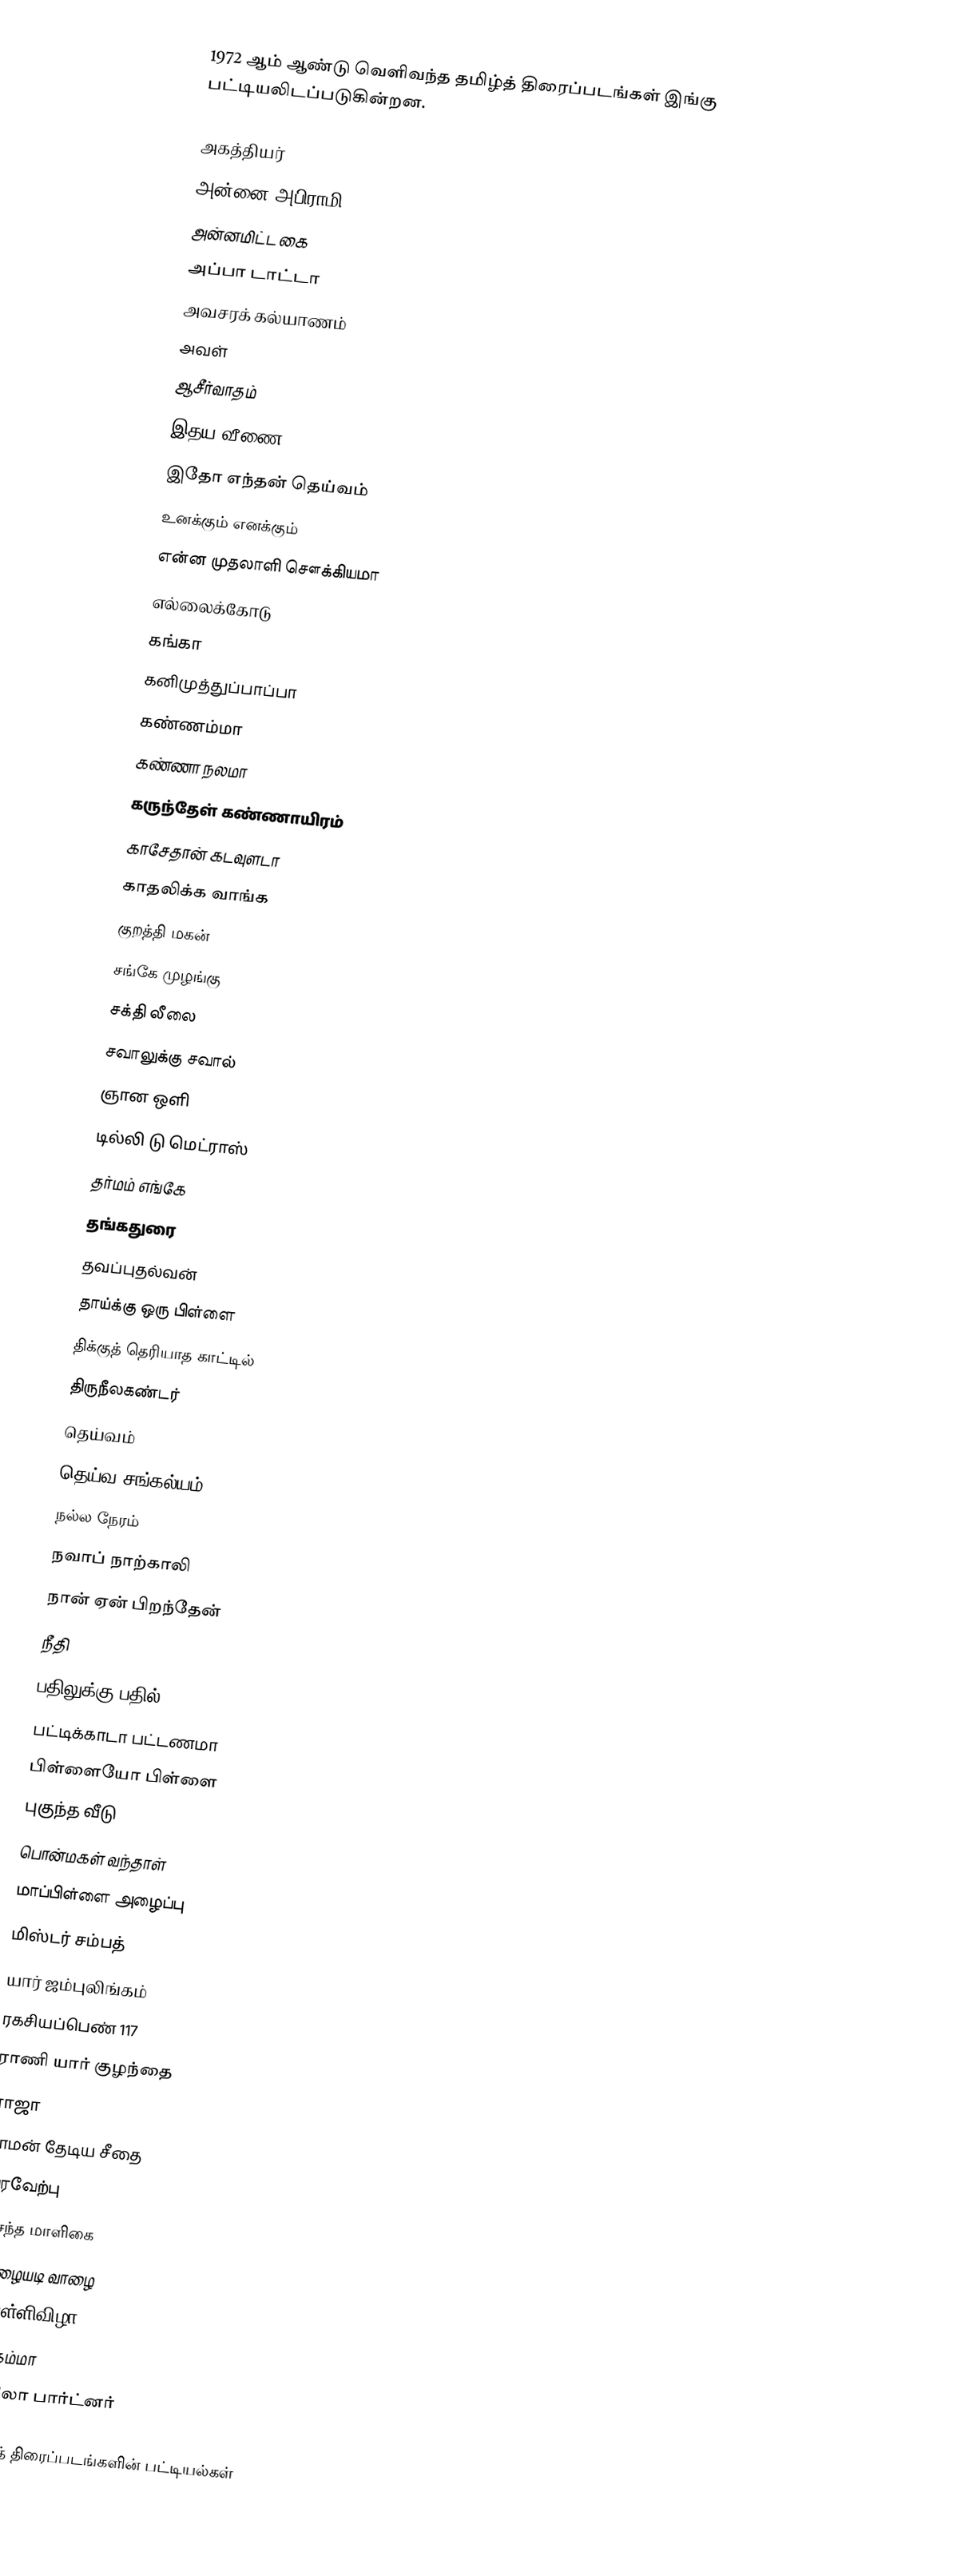
1972 ஆம் ஆண்டு வெளிவந்த தமிழ்த் திரைப்படங்கள் இங்கு பட்டியலிடப்படுகின்றன.

அகத்தியர்
அன்னை அபிராமி
அன்னமிட்ட கை
அப்பா டாட்டா
அவசரக் கல்யாணம்
அவள்
ஆசீர்வாதம்
இதய வீணை
இதோ எந்தன் தெய்வம்
உனக்கும் எனக்கும்
என்ன முதலாளி சௌக்கியமா
எல்லைக்கோடு
கங்கா
கனிமுத்துப்பாப்பா
கண்ணம்மா
கண்ணா நலமா
கருந்தேள் கண்ணாயிரம்
காசேதான் கடவுளடா
காதலிக்க வாங்க
குறத்தி மகன்
சங்கே முழங்கு
சக்தி லீலை
சவாலுக்கு சவால்
ஞான ஒளி
டில்லி டு மெட்ராஸ்
தர்மம் எங்கே
தங்கதுரை
தவப்புதல்வன்
தாய்க்கு ஒரு பிள்ளை
திக்குத் தெரியாத காட்டில்
திருநீலகண்டர்
தெய்வம்
தெய்வ சங்கல்யம்
நல்ல நேரம்
நவாப் நாற்காலி
நான் ஏன் பிறந்தேன்
நீதி
பதிலுக்கு பதில்
பட்டிக்காடா பட்டணமா
பிள்ளையோ பிள்ளை
புகுந்த வீடு
பொன்மகள் வந்தாள்
மாப்பிள்ளை அழைப்பு
மிஸ்டர் சம்பத்
யார் ஜம்புலிங்கம்
ரகசியப்பெண் 117
ராணி யார் குழந்தை
ராஜா
ராமன் தேடிய சீதை
வரவேற்பு
வசந்த மாளிகை
வாழையடி வாழை
வெள்ளிவிழா
ஜக்கம்மா
ஹலோ பார்ட்னர்

தமிழ்த் திரைப்படங்களின் பட்டியல்கள்